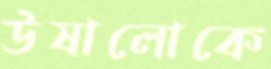
উষালোকে